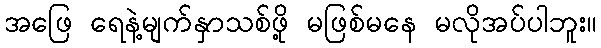
အဖြေ ရေနဲ့မျက်နှာသစ်ဖို့ မဖြစ်မနေ မလိုအပ်ပါဘူး။